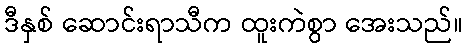
ဒီနှစ် ဆောင်းရာသီက ထူးကဲစွာ အေးသည်။